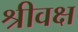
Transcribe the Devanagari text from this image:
श्रीवक्ष